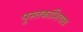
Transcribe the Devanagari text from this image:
पुस्तकांशिवाय